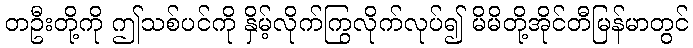
တဦးတို့ကို ဤသစ်ပင်ကို နှိမ့်လိုက်ကြွလိုက်လုပ်၍ မိမိတို့အိုင်တီမြန်မာတွင်